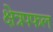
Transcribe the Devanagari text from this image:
क्षेत्रपफल